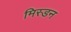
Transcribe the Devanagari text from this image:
मिस्डन